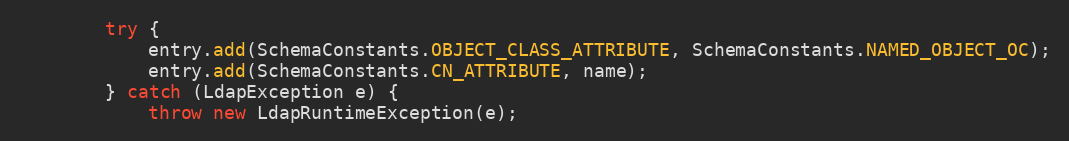
Language: Java
        try {
            entry.add(SchemaConstants.OBJECT_CLASS_ATTRIBUTE, SchemaConstants.NAMED_OBJECT_OC);
            entry.add(SchemaConstants.CN_ATTRIBUTE, name);
        } catch (LdapException e) {
            throw new LdapRuntimeException(e);